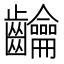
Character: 𮯘